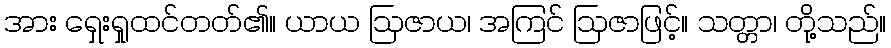
အား ရှေးရှုထင်တတ်၏။ ယာယ ဩဇာယ၊ အကြင် ဩဇာဖြင့်။ သတ္တာ၊ တို့သည်။